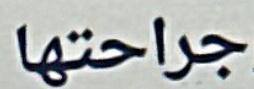
جراحتها